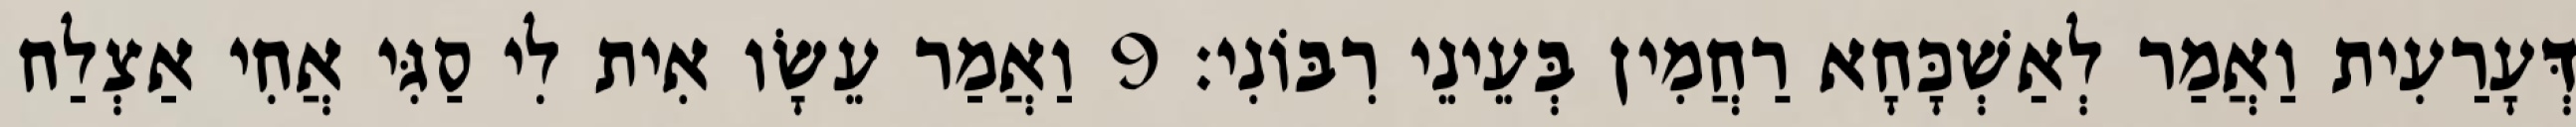
דְּעָרַעִית וַאֲמַר לְאַשְׁכָּחָא רַחֲמִין בְּעֵינֵי רִבּוֹנִי׃ 9 וַאֲמַר עֵשָׂו אִית לִי סַגִּי אֲחִי אַצְלַח